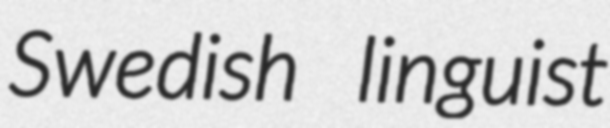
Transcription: Swedish linguist